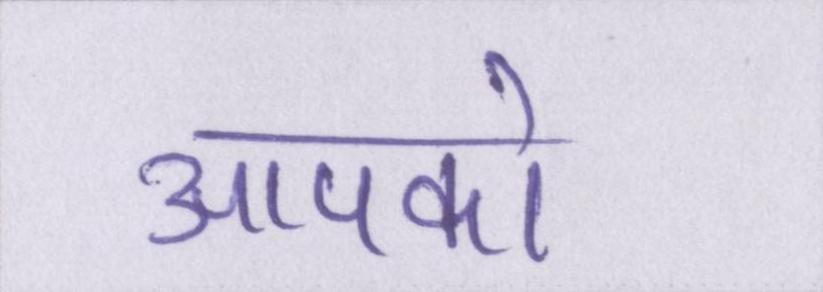
आपको